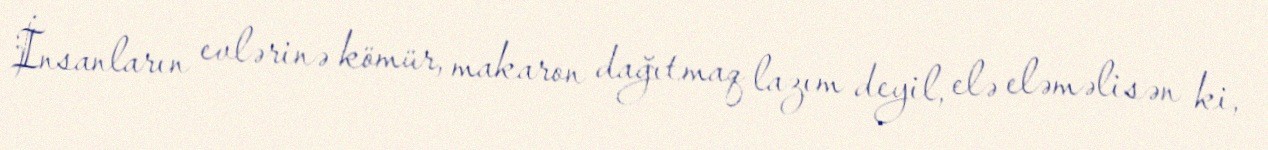
İnsanların evlərinə kömür, makaron dağıtmaq lazım deyil, elə eləməlisən ki,